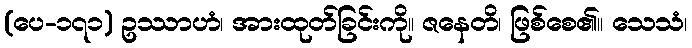
(ပေ-၁၇၁) ဥဿာဟံ၊ အားထုတ်ခြင်းကို။ ဇနေတိ၊ ဖြစ်စေ၏။ သေသံ၊